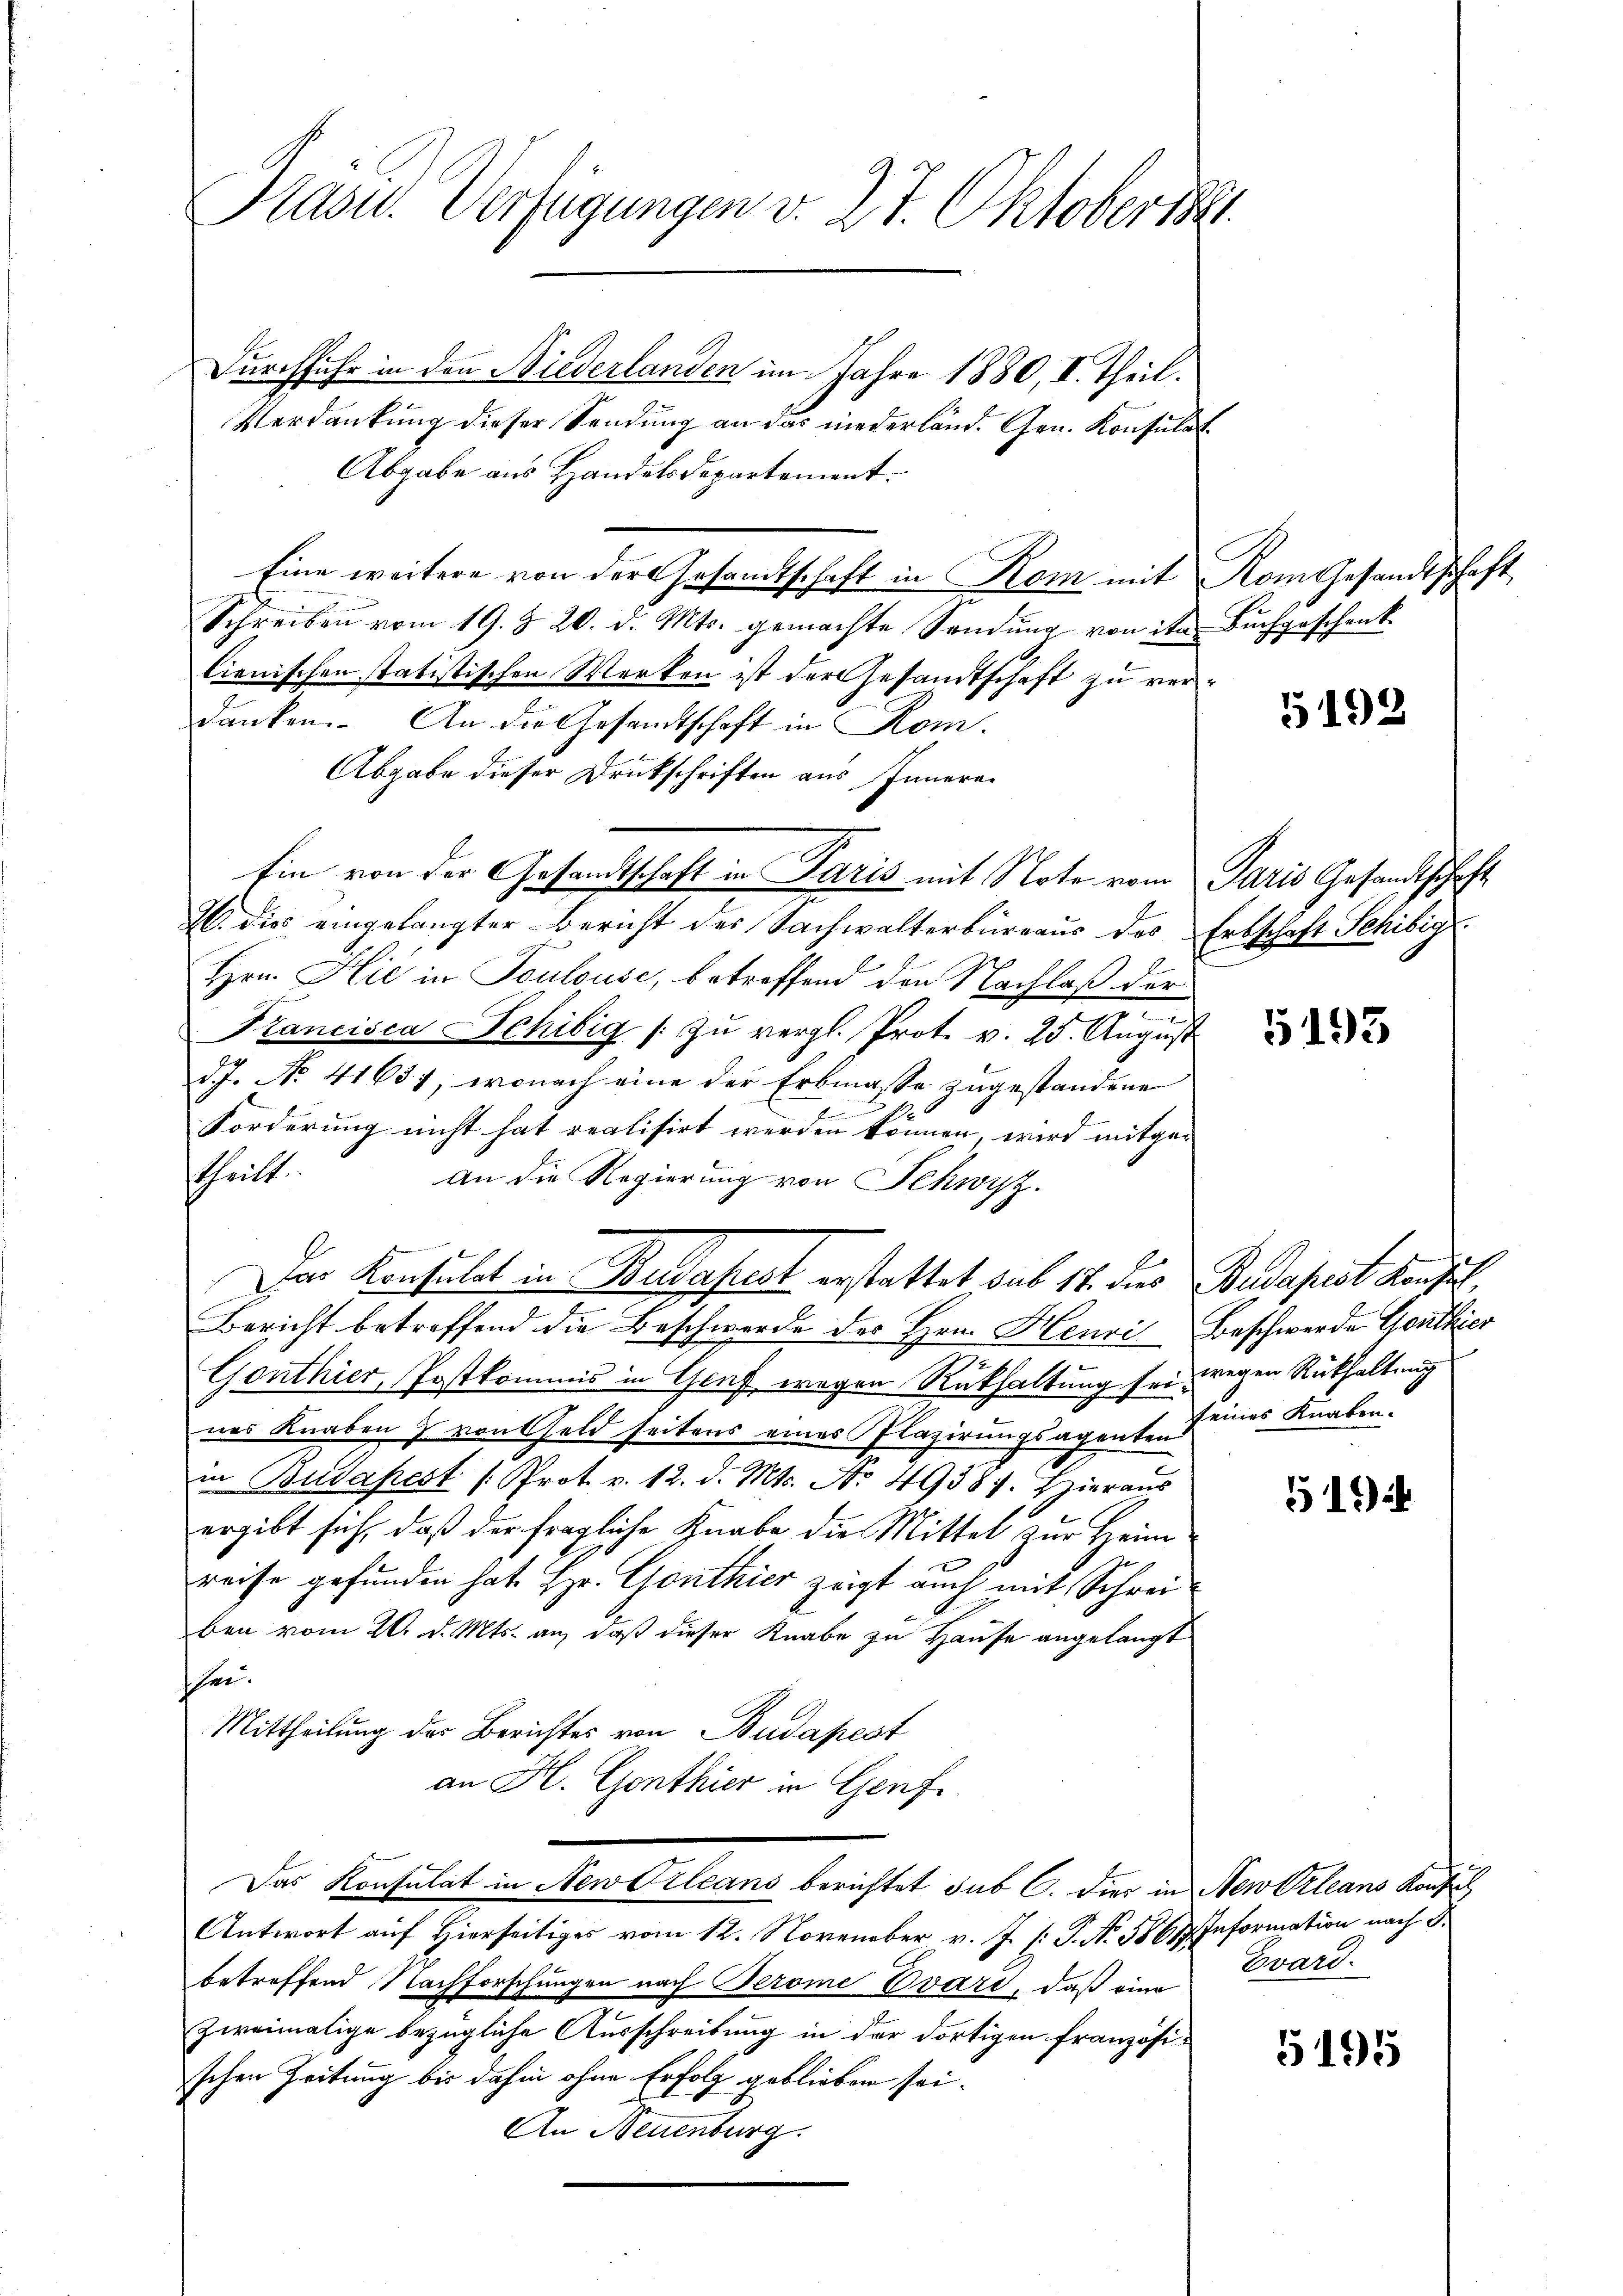
Präsid. Verfügungen v. 27. Oktober 1891

Durchfuhr in den Niederlanden im Jahre 1880, I. Theil.
Verdankung dieser Sendung an das niederländ. Gen. Konsulat
Abgabe aus Handelsdepartement.
Eine weitere von der Gesandtschaft in Kom mit Rom Gesandtschaft
Schreiben vom 19. Z. 20. d. Mts. gemachte Sendung von ihr Buchgeschenk-
lienischen statistischen Werken ist der Gesandtschaft zu verdanken. An die Gesandtschaft in Rom.
Abgabe dieser Druckschriften aus Innern
Ein von der Gesandtschaft in Paris mit Note vom Paris Gesandtschaft
. die eingelangter Bericht der Sachwalterbüreaŭs des Erbschaft Schibig.
Hrn. Hić in Toulouse, betreffend den Nachlaß der
e
Francisca Schibig / zu vergl. Prot. v. 25. August
d.J. No. 41637, wonach eine der Erbmasse zugestandene

Forderung nicht hat realisirt werden können, wird mitgetheilt.
An die Regierung von Schwyz.
Das Konsulat in Budapest erstattet sub 17. des Budapest Konsul
Bericht betreffend die Beschwerde des Hrn. Henri Beschwerde Genthier
Gonthier, Postkommis in Gruf wegen Rükhaltung sei wegen Rükhaltung
nes Knaben & von Geld seitens eines Plazirungsagenten
in Budapest /: Prot. v. 12. d. Mts. No. 49587. Hieraus
ergibt sich, daß der fragliche Knabe die Mittel zur Heimreise gefunden hat. Hr. Gonthier zeigt auch mit Schreiben vom 20. d. Mts. an, daß dieser Knabe zu Hause angelangt
hee.
Mittheilung des Berichtes von Budapest
an H. Gonthier in Genf
Das Konsulat in New Orleans berichtet sub C. Dies in New-Orleans Konflich
Antwort auf Hierseitiges vom 12. November v. J. P. No. 5867. Information nach S.
betreffend Nachforschungen nach Jerome Evart, daß eine
zweimalige bezügliche Ausschreibung in der dortigen französischen Zeitung bis dahin ohne Erfolg geblieben sei.
An Neuenburg.

5192.

5193

seines Knaben.

519 i

Evard.

5195